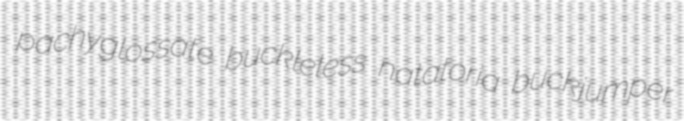
pachyglossate buckleless natatoria buckjumper